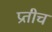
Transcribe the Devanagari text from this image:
प्रतीच